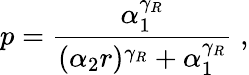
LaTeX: p=\frac{\alpha_{1}^{\gamma_{R}}}{(\alpha_{2}r)^{\gamma_{R}}+\alpha_{1}^{\gamma_{R}}}\; ,